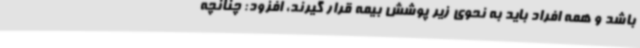
باشد و همه افراد باید به نحوی زیر پوشش بیمه قرار گیرند، افزود: چنانچه